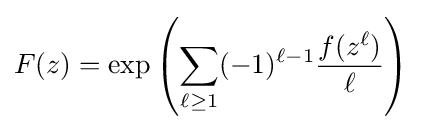
F(z)=\exp \left(\sum _{\ell \geq 1}(-1)^{\ell -1}{\frac {f(z^{\ell })}{\ell }}\right)